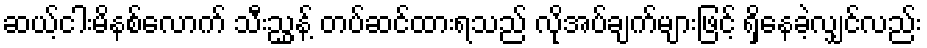
ဆယ့်ငါးမိနစ်လောက် သီးညွှန့် တပ်ဆင်ထားရသည် လိုအပ်ချက်များဖြင့် ရှိနေခဲ့လျှင်လည်း